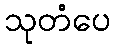
သုတံပေ